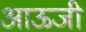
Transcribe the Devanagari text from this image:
आऊजी